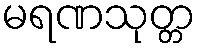
မရဏသုတ္တ